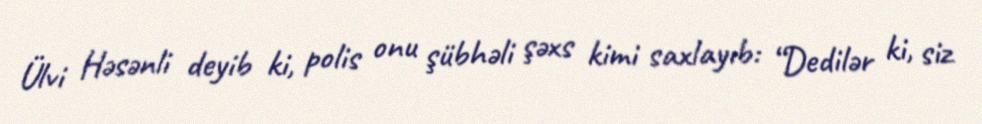
Ülvi Həsənli deyib ki, polis onu şübhəli şəxs kimi saxlayıb: “Dedilər ki, siz